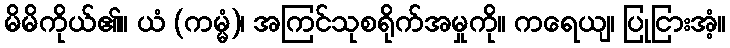
မိမိကိုယ်၏။ ယံ (ကမ္မံ)၊ အကြင်သုစရိုက်အမှုကို။ ကရေယျ၊ ပြုငြားအံ့။